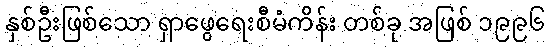
နှစ်ဦးဖြစ်သော ရှာဖွေရေးစီမံကိန်း တစ်ခု အဖြစ် ၁၉၉၆